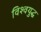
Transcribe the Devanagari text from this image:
विश्‍वयुद्ध